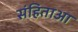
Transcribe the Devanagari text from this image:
संहिताआ